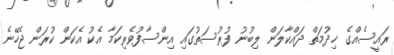
ރައީސެއްގެ ޚިދުމަތް ދައްކާލަން ލިބުނު ފުރުސަތުގައި އިންސާފުވެރިކަމާ އެކު އެކަން ކުރަން ޖެހޭނެ